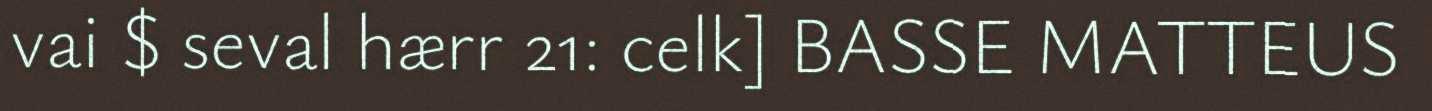
vai $ seval hærr 21: celk] BASSE MATTEUS